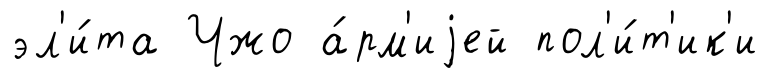
эл'и́та Чжо а́рм'иjей пол'и́т'ик'и